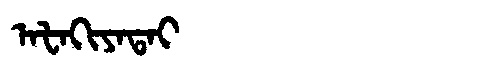
Manchu: ᠠᡶᠠᡴᡳᠶᠠᡨᠠᡳ
Romanization: AFAKIYATAI